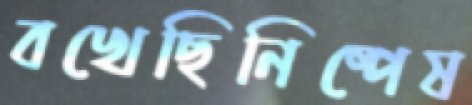
বখেছিনিষ্পেষ